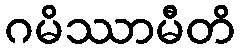
ဂမိဿာမီတိ